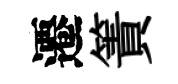
遷簀